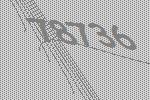
78736